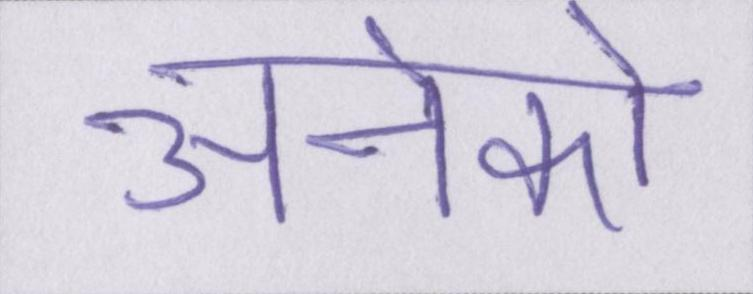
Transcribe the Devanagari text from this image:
अनेको